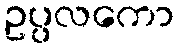
ဥပ္ပလကော